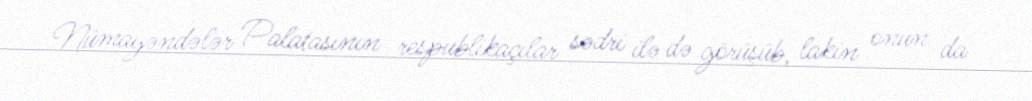
Nümayəndələr Palatasının respublikaçılar sədri ilə də görüşüb, lakin onun da